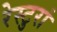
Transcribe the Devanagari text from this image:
रेस्टुरां